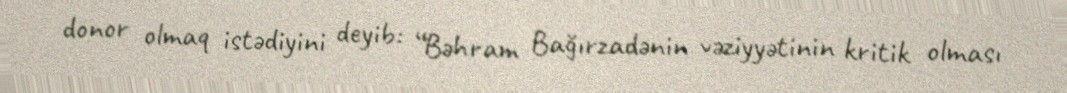
donor olmaq istədiyini deyib: “Bəhram Bağırzadənin vəziyyətinin kritik olması